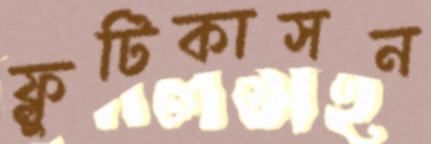
ফ্লুটিকাসন